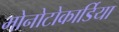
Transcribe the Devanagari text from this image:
मोनोटोकार्डिया